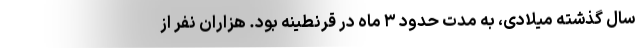
سال گذشته میلادی، به مدت حدود ۳ ماه در قرنطینه بود. هزاران نفر از